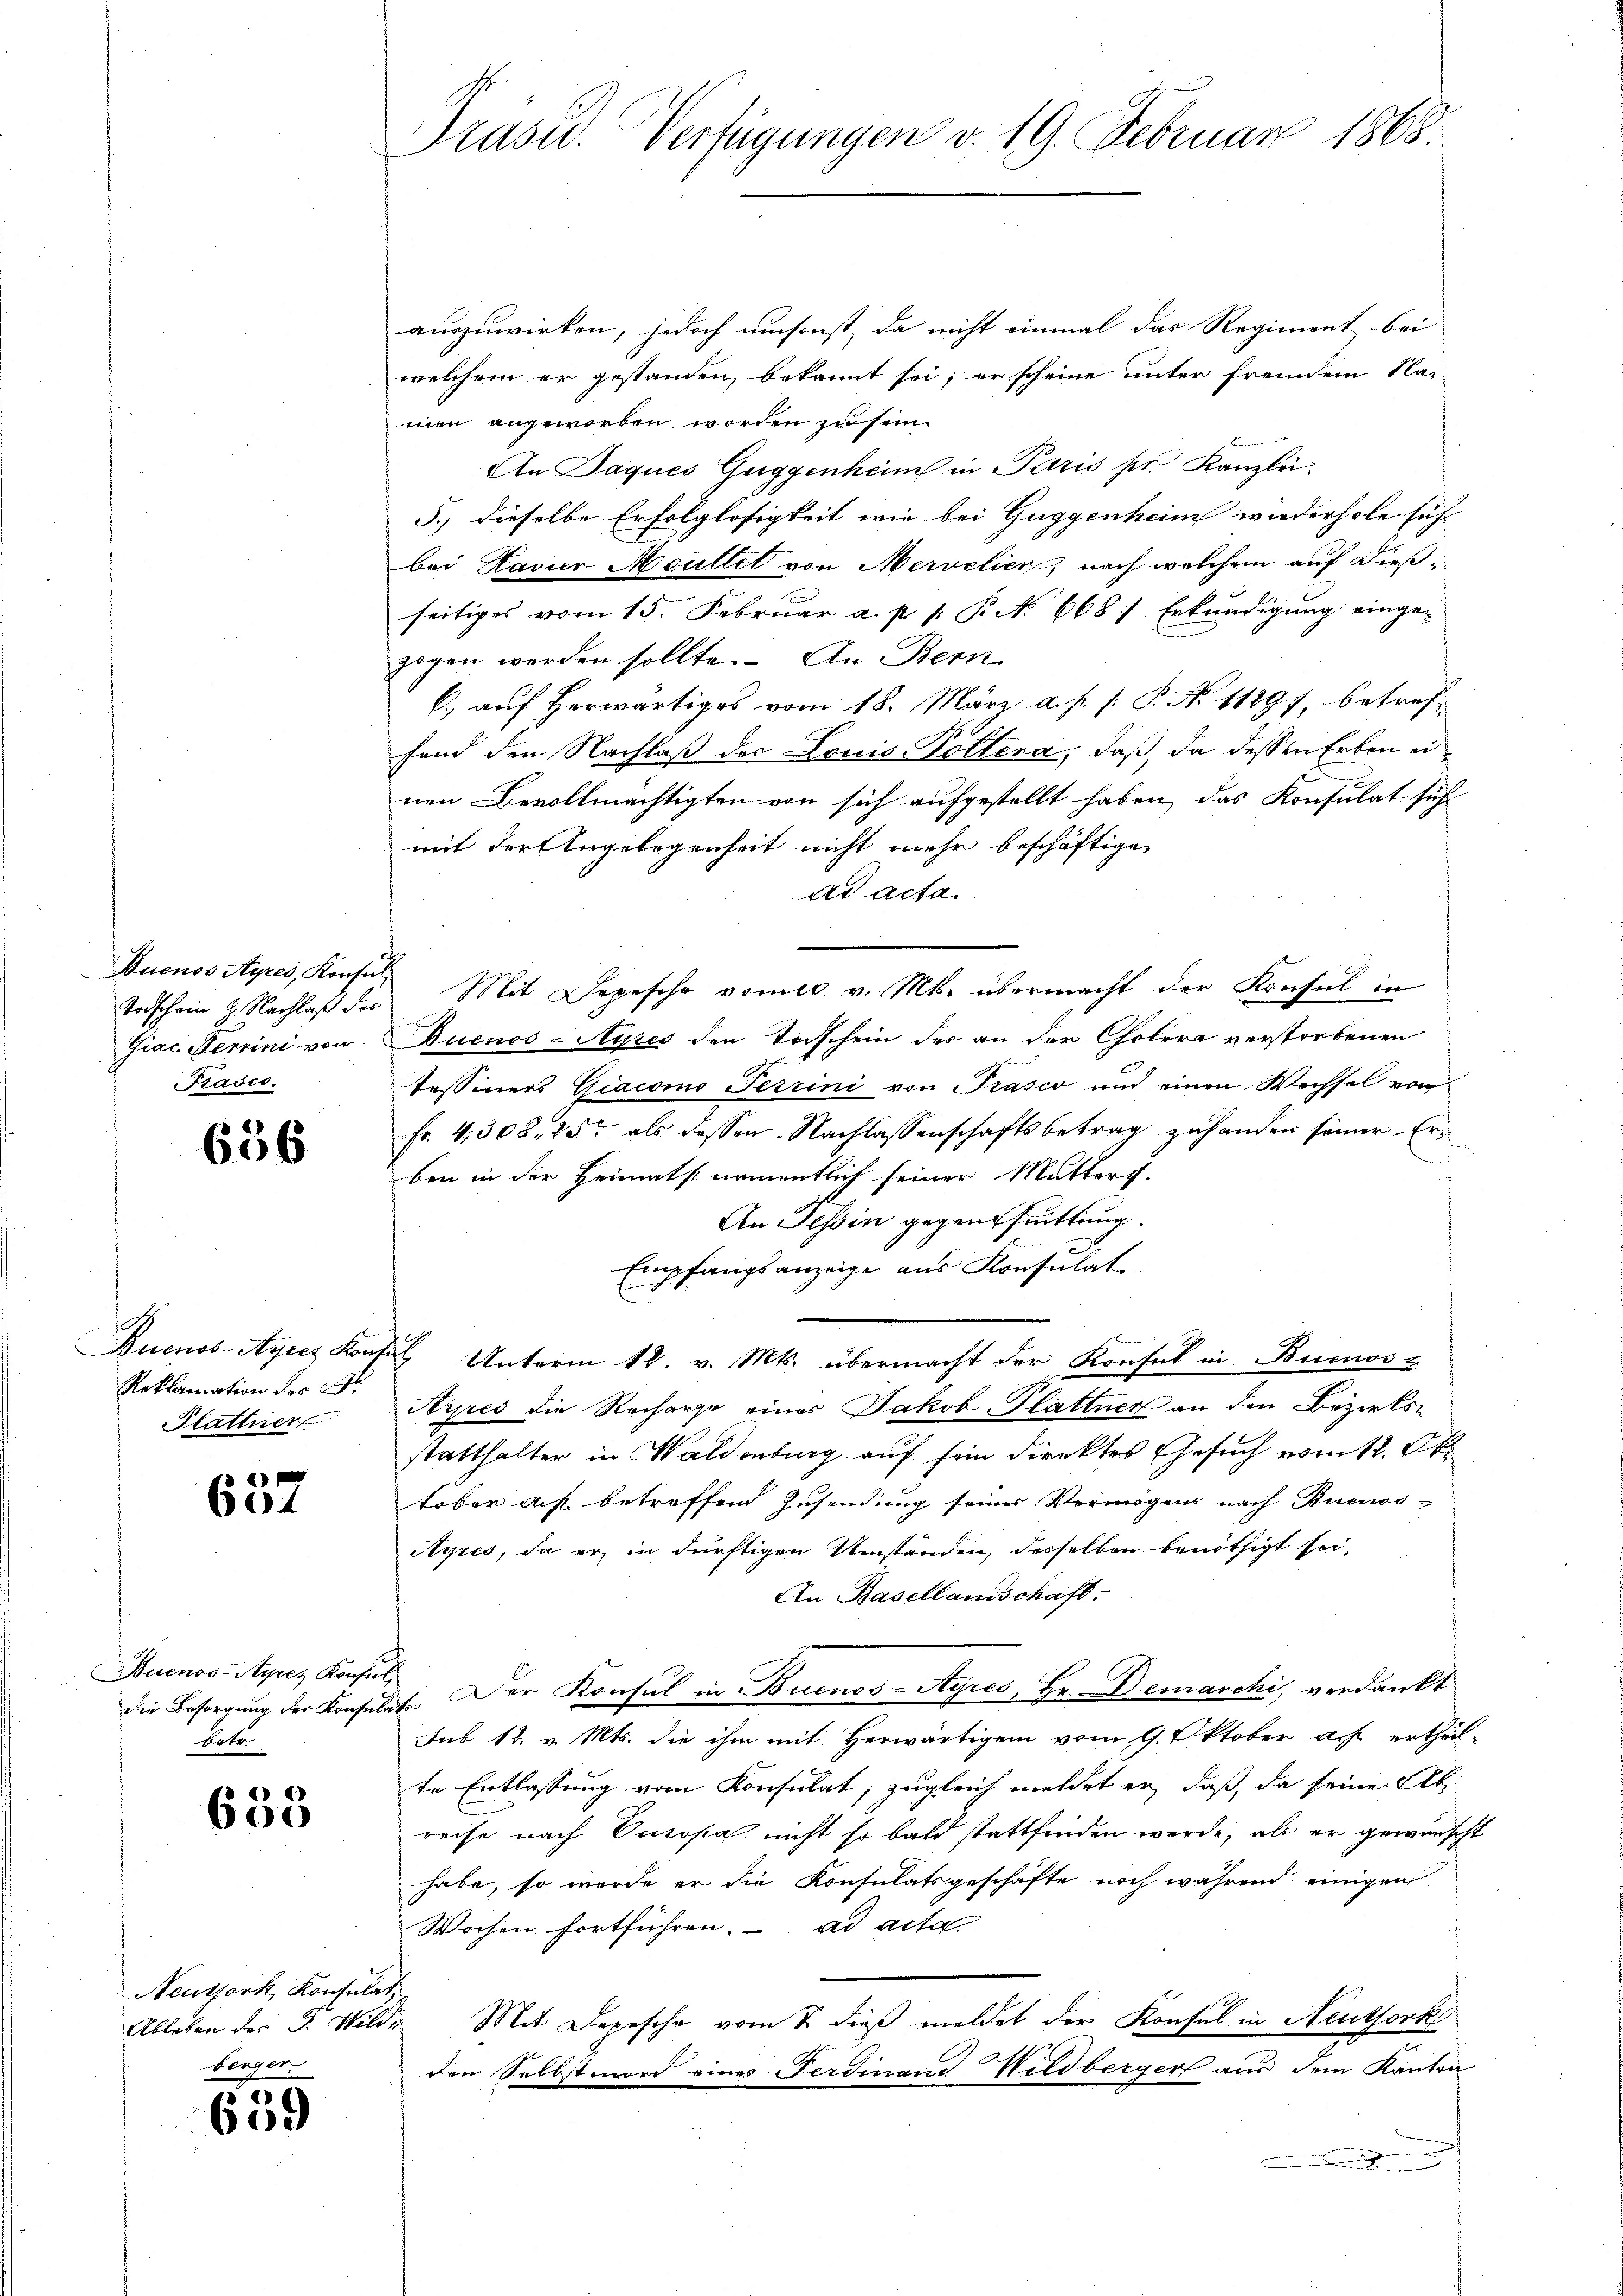
uonos Ayres, Konsul
Prasco.

656

Roklamation der B
Plattner

2
604

Auenos-Ayres Konsul
Lotr

638

auszuwirken, jedoch umsonst, da nicht einmal das Regiment bei
welchem er gestanden bekannt sei; er scheine unter fremdem Na-
men angeworben worden zu sein.
An Jaques Guggenheim in Paris pr. Kanzlei.
3.) dieselbe Erfolglosigkeit wie bei Guggenheim wiederhole sich
bei Havier Moullel von Mervelien, nach welchem auf diesseitiges vom 15. Februar a. p. 1. P. No 668. Erkundigung einge-
zogen werden sollte. An Bern
C.) auf Herwärtiges vom 18. März a. p. p. P. N. 11297, betref
fand den Nachlaß der Louis Pöllera, daß, da dessen Erben einen Bevollmächtigten von sich aufgestellt haben, das Konsulat sich
mit der Angelegenheit nicht mehr beschäftige
dd acta.
Todschein 2 Nachlaβ des Mit Depesche vomtc. v. Mts. übermacht der Konsul in
Giac Terrini von Buenos-Ayres den Todschein der an der Cholera verstorbenen
Tessiners Giacomo Terrini von Prasco und einen Wechsel von
Fr. 4, 308, 25t als dessen Nachlassenschaftsbetrag gehanden seiner Erben in der Heimats namentlich seiner Mutters.
An Tessin gegenschrittung.
Empfangsanzeige aus Konsulat
Buenos-Ayres Konsul Unterm 12. v. Mts. übermacht der Konsul in Buenoss
Ayres die Recharge eines Jakob Plattner an den Bezirksstatthalter in Waldenburg auf sein direktes Gesuch vom 12. Okt.
tober auf betreffend Zusendung seiner Vermögens nach Buenos¬
Ayres, da er in dürftigen Umständen, desselben benöthigt sei,
An Basellandschaft.
die Besorgŭng der Konsulat. Der Konsul in Buenos-Ayres, Hr. Demarchi, verdankt
Sub 12. v. Mts. die ihm mit Herwärtigem vom 9. Oktober a.h. ertheil-
te Entlassung vom Konsulat, zugleich meldet er, daß, da seine Abreise nach Varopa nicht so bald stattfinden werde, als er gewünscht
habe, so werde er die Konsulatsgeschäfte noch während einigen
Wochen fortführen. ad acta
Ableben der F. Wilde Mit Depesche vom 7. dieß meldet der Konsul in Neuthork
den Selbstmord eines Ferdinand Wildberger aus dem Kanton
.

Neuthork, Konsulat
berger

5
600

Präsid. Verfügungen v. 19. Februar 1865.